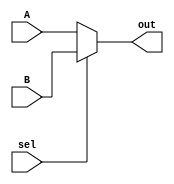
//////////////////////////////////////////////////////////////////////////////////////
//                                  Module Description                              //
// Module Name: 2 * 1 Multiplexer                                                   //
// The multiplexer has a single bit selector line (sel) to choose accordingly       // 
// between the two parameterized data inputs A and B.                               //
//////////////////////////////////////////////////////////////////////////////////////
module Mux21 
#(parameter Data_Width = 32)
(
  //-------------------------------Input Ports------------------------------------//
  input     wire    [Data_Width - 1:0]   A, B,
  input     wire                         sel,
  //-------------------------------Output Ports------------------------------------//
  output    wire    [Data_Width - 1:0]   out
  );
  // Main Combinational Logic
assign out = sel ? B : A;
endmodule